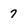
Character: 7